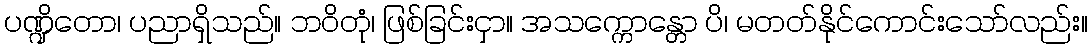
ပဏ္ဍိတော၊ ပညာရှိသည်။ ဘဝိတုံ၊ ဖြစ်ခြင်းငှာ။ အသက္ကောန္တော ပိ၊ မတတ်နိုင်ကောင်းသော်လည်း။